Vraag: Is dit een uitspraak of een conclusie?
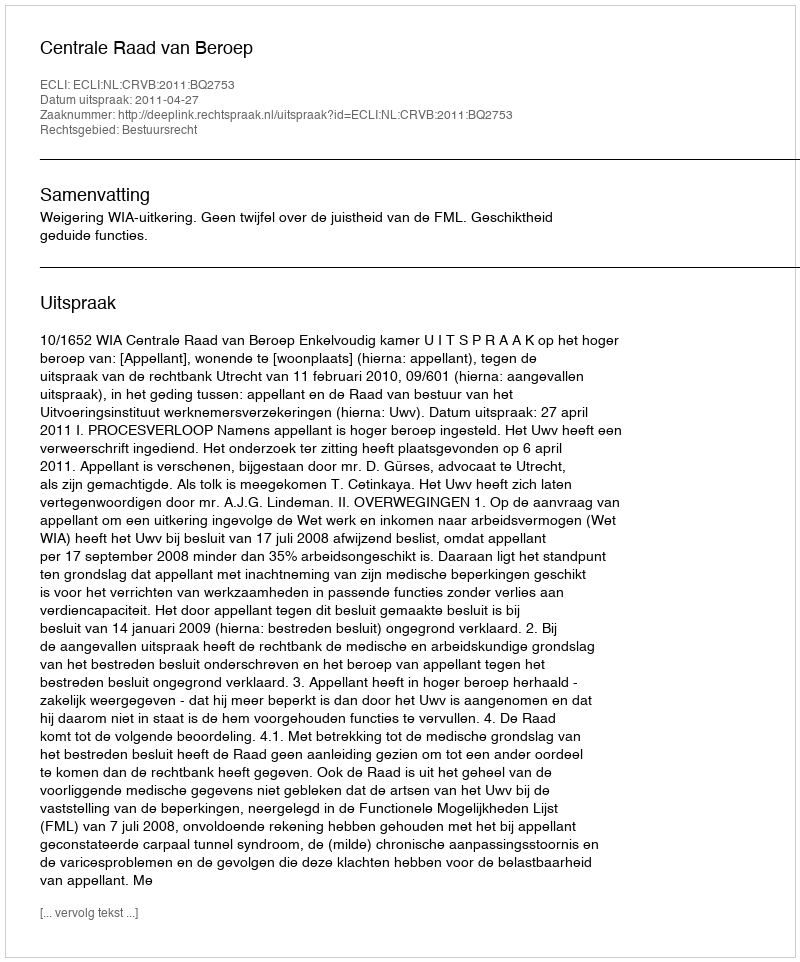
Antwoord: Uitspraak